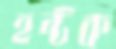
হন্টক